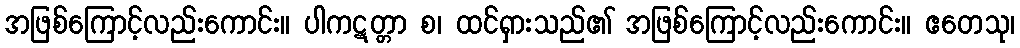
အဖြစ်ကြောင့်လည်းကောင်း။ ပါကဋတ္တာ စ၊ ထင်ရှားသည်၏ အဖြစ်ကြောင့်လည်းကောင်း။ ဧတေသု၊